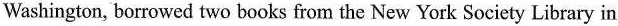
Washington,borrowed two books from the New York Society Library in